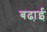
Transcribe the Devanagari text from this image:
बढा़ई